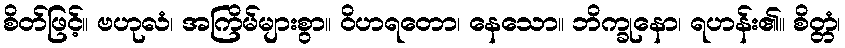
စိတ်ဖြင့်။ ဗဟုလံ၊ အကြိမ်များစွာ။ ဝိဟရတော၊ နေသော။ ဘိက္ခုနော၊ ရဟန်း၏။ စိတ္တံ၊